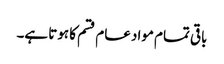
باقی تمام مواد عام قسم کا ہوتا ہے۔